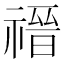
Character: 𬓎